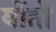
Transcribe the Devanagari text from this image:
योंतो